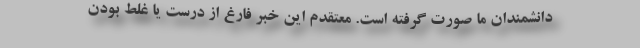
دانشمندان ما صورت گرفته است. معتقدم این خبر فارغ از درست یا غلط بودن